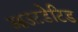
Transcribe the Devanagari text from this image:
आउटडेटिड